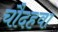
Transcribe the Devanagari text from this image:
चौदहवा